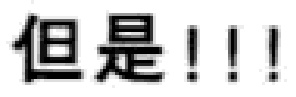
但是!!!